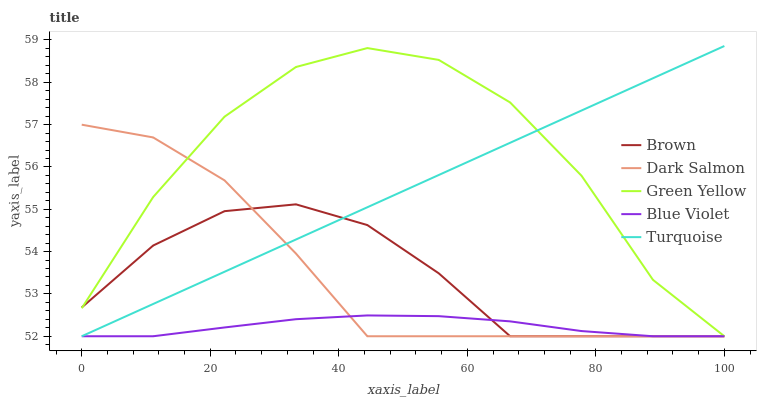
| xaxis_label | Brown | Dark Salmon | Green Yellow | Blue Violet | Turquoise |
 | --- | --- | --- | --- | --- | --- |
 | 0 | 52.7 | 57 | 52.7 | 52 | 52 |
 | 11.1 | 54.1 | 56.7 | 55.3 | 52 | 52.8 |
 | 22.2 | 55 | 55.7 | 57.2 | 52.2 | 53.5 |
 | 33.3 | 55.1 | 54 | 58.4 | 52.4 | 54.3 |
 | 44.4 | 54.6 | 52 | 58.8 | 52.5 | 55 |
 | 55.6 | 53.5 | 52 | 58.5 | 52.5 | 55.8 |
 | 66.7 | 52 | 52 | 57.5 | 52.4 | 56.6 |
 | 77.8 | 52 | 52 | 55.8 | 52.1 | 57.3 |
 | 88.9 | 52 | 52 | 53.3 | 52 | 58.1 |
 | 100 | 52 | 52 | 52 | 52 | 58.9 |